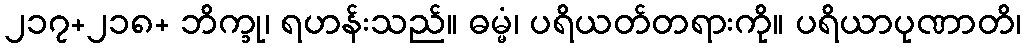
၂၁၇+၂၁၈+ ဘိက္ခု၊ ရဟန်းသည်။ ဓမ္မံ၊ ပရိယတ်တရားကို။ ပရိယာပုဏာတိ၊